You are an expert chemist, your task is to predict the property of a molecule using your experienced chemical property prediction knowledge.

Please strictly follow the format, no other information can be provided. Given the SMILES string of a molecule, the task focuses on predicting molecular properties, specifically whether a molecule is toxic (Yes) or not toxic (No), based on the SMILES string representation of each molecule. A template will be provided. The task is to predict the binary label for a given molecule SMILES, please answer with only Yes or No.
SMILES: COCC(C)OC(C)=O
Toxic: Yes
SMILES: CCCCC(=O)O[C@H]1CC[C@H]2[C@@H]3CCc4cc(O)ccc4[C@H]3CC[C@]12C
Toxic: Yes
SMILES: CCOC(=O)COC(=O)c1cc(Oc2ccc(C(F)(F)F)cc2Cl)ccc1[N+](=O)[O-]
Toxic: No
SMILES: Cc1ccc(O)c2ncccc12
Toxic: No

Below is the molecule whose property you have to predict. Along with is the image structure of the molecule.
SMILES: COC(=O)NN
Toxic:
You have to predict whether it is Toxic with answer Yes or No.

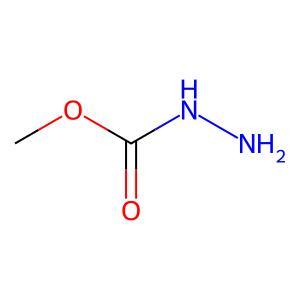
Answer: No